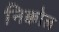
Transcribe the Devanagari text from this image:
निक्कोल